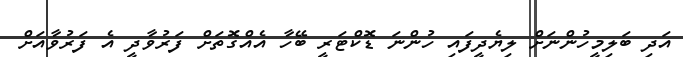
އަދި ބަލިމީހުންނަށް ލިޔެދީފައި ހުންނަ ޑޮކްޓަރީ ބޭހާ އެއްގޮތަށް ފަރުވާދީ އެ ފަރުވާއަށް